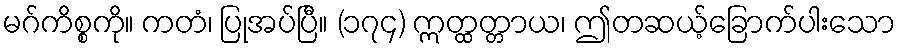
မဂ်ကိစ္စကို။ ကတံ၊ ပြုအပ်ပြီ။ (၁၇၄) ဣတ္ထတ္တာယ၊ ဤတဆယ့်ခြောက်ပါးသော